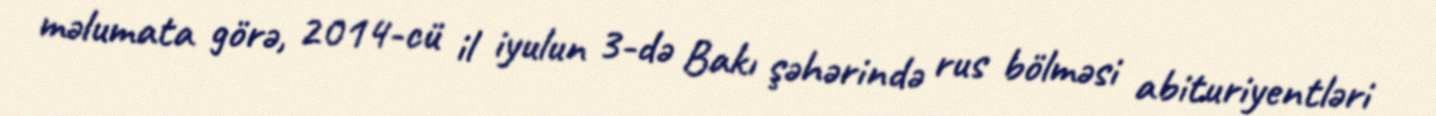
məlumata görə, 2014-cü il iyulun 3-də Bakı şəhərində rus bölməsi abituriyentləri